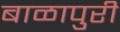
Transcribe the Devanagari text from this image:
बाळापुरी